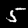
Label: 5